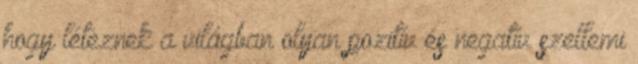
hogy léteznek a világban olyan pozitív és negatív szellemi